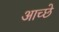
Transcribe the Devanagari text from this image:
आच्छे